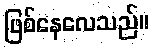
ဖြစ်နေလေသည်။